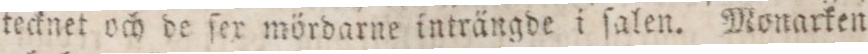
tecknet och de ſer mördarne inträngde i ſalen. Monarken